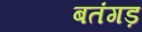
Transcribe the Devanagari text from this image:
बतंगड़